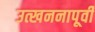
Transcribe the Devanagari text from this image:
उत्खननापूर्वी